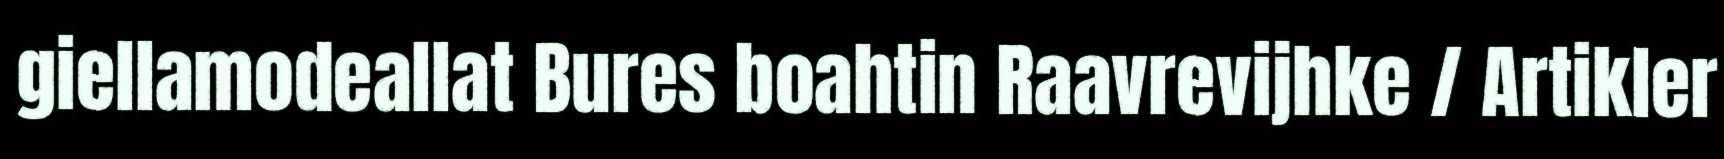
giellamodeallat Bures boahtin Raavrevijhke / Artikler